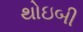
થોઇબી